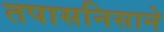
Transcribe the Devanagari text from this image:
तपासनिसाने